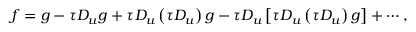
f = g - \tau { { D } _ { u } } g + \tau { { D } _ { u } } \left( \tau { { D } _ { u } } \right) g - \tau { { D } _ { u } } \left[ \tau { { D } _ { u } } \left( \tau { { D } _ { u } } \right) g \right] + \cdots ,